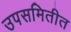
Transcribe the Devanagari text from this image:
उपसमितीत